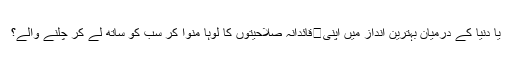
یا دنیا کے درمیان بہترین انداز میں اپنی	قائدانہ صلاحیتوں کا لوہا منوا کر سب کو ساتھ لے کر چلنے والے؟